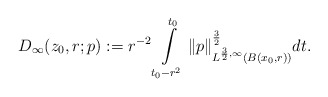
\begin{align*}D_{\infty}(z_0,r;p):=r^{-2}\int\limits_{t_0-r^2}^{t_0}\|p\|_{L^{\frac{3}{2},\infty}(B(x_{0},r))}^{\frac{3}{2}}dt.\end{align*}